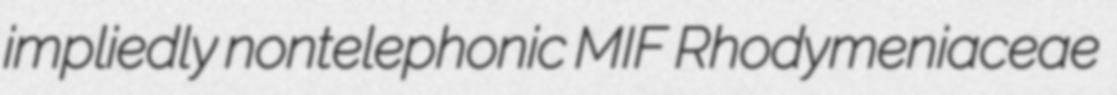
impliedly nontelephonic MIF Rhodymeniaceae